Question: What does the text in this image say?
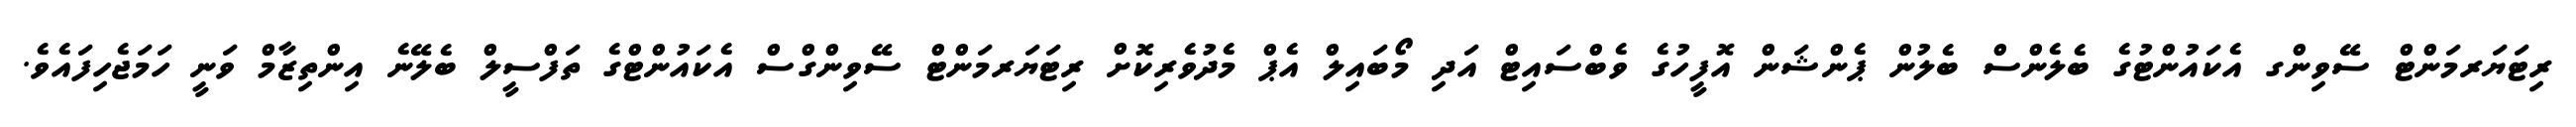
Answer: ރިޓަޔަރމަންޓް ސޭވިންގ އެކައުންޓުގެ ބެލެންސް ބެލުން ޕެންޝަން އޮފީހުގެ ވެބްސައިޓް އަދި މޯބައިލް އެޕް މެދުވެރިކޮށް ރިޓަޔަރމަންޓް ސޭވިންގްސް އެކައުންޓްގެ ތަފްސީލް ބެލޭނެ އިންތިޒާމް ވަނީ ހަމަޖެހިފައެވެ.